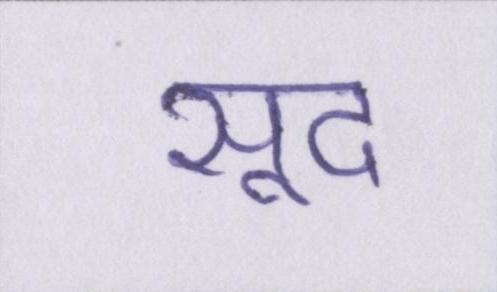
सूद